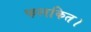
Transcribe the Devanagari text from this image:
फलकित।